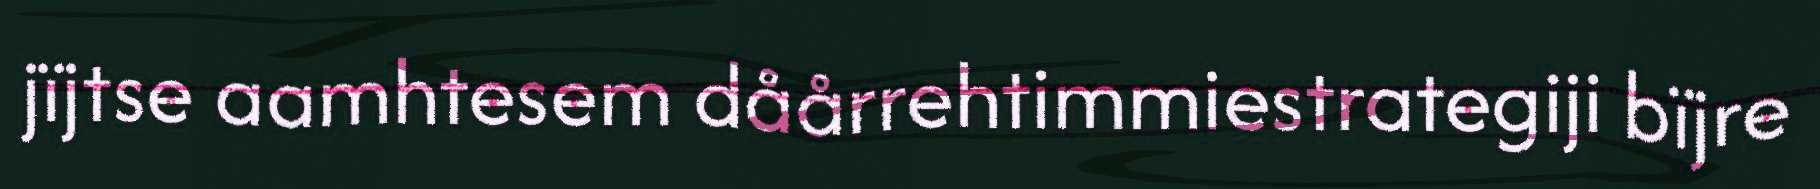
jïjtse aamhtesem dåårrehtimmiestrategiji bïjre